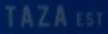
TAZA EST